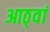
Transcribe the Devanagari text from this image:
आठ्वां